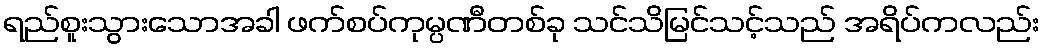
ရည်စူးသွားသောအခါ ဖက်စပ်ကုမ္ပဏီတစ်ခု သင်သိမြင်သင့်သည် အရိပ်ကလည်း